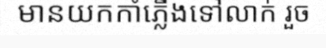
មានយកកាំភ្លើងទៅលាក់ រួច